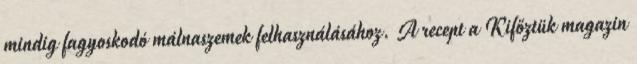
mindig fagyoskodó málnaszemek felhasználásához. A recept a Kifőztük magazin